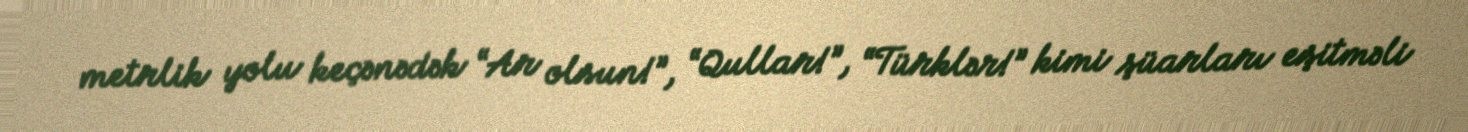
metrlik yolu keçənədək “Ar olsun!”, “Qullar!”, “Türklər!” kimi şüarları eşitməli